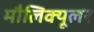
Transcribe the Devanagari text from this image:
मौलिक्यूलर